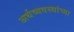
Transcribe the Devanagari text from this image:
अर्थव्यवस्थांच्या